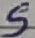
Text: S